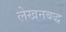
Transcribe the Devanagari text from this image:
लेखनबद्ध